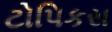
ટોપિકસ